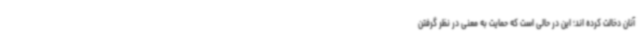
آنان دخالت کرده اند؛ این در حالی است که حمایت به معنی در نظر گرفتن